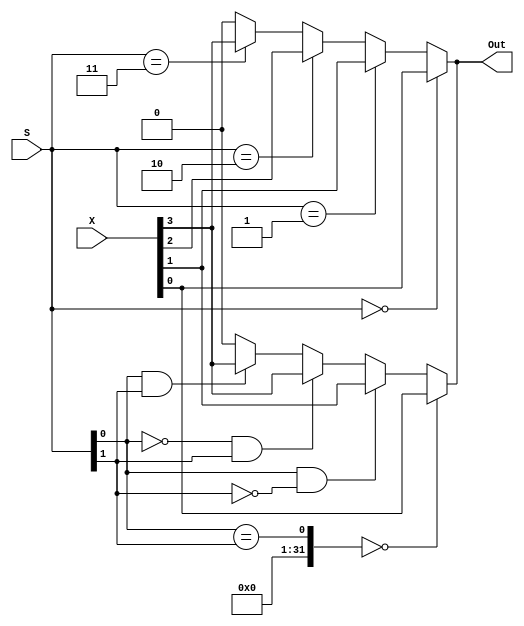
module MultiplexerWOW(input [3:0] X,input [1:0] S,output Out);
	
	//First Approach
	/*
	assign Out = (S[0])? ((S[1])? X[3] : X[1]) : ((S[1])? X[2] : X[0]);
	*/
	
	//Second Approach
	assign Out = (S[0] == S[1] == 0) ? X[0] : (S[0]==1 && S[1] == 0) ? X[1] : (S[0]==0 && S[1]==1) ? X[3] :(S[0]==1 && S[1] == 1)? X[3]:1'b0; // else 0
	
	//Third Approach
	assign Out = (S==0)? X[0] : (S==1)? X[1]: (S==2)? X[2] : (S==3)? X[3]: 0;
				
endmodule